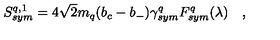
S _ { s y m } ^ { q , 1 } = 4 \sqrt { 2 } m _ { q } ( b _ { c } - b _ { - } ) \gamma _ { s y m } ^ { q } F _ { s y m } ^ { q } ( \lambda ) \quad ,